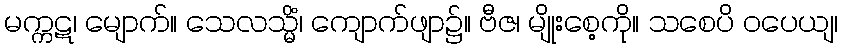
မက္ကဋ၊ မျောက်။ သေလသ္မိံ၊ ကျောက်ဖျာ၌။ ဗီဇ၊ မျိုးစေ့ကို။ သစေပိ ဝပေယျ၊